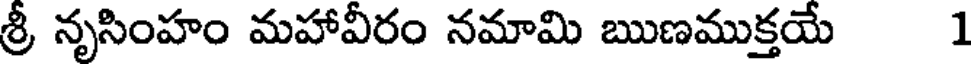
శ్రీ నృసింహం మహావీరం నమామి ఋణముక్తయే 1